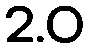
2.0